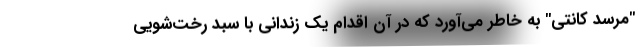
"مرسد کانتی" به خاطر می‌آورد که در آن اقدام یک زندانی با سبد رخت‌شویی